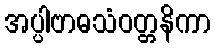
အပ္ပါဗာဓသံဝတ္တနိကာ